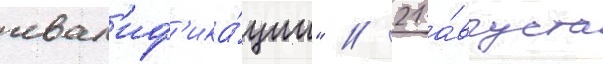
квал'иф'ика́ции" // 21 а́вгуста